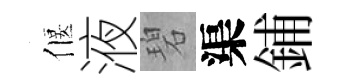
偃液碧渠鋪